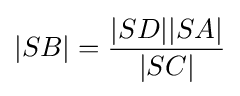
|SB|={\frac {|SD||SA|}{|SC|}}